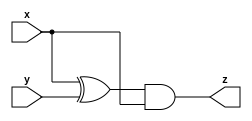
module A (input x, input y, output z);
    assign z = (x^y) & x;
endmodule

module B ( input x, input y, output z );
    wire [2-1:0] tmp = {x, y};
    assign z =  (tmp == 2'b00) ? 1 :
                (tmp == 2'b10) ? 0 :
                (tmp == 2'b01) ? 0 :
                                 1 ;
endmodule

module top_module (input x, input y, output z);
    wire z1, z2, z3, z4;
    A IA1(.x(x), .y(y), .z(z1));
    B IB1(.x(x), .y(y), .z(z2));
    A IA2(.x(x), .y(y), .z(z3));
    B IB2(.x(x), .y(y), .z(z4));

    assign z = (z1 | z2) ^ (z3 & z4);
endmodule